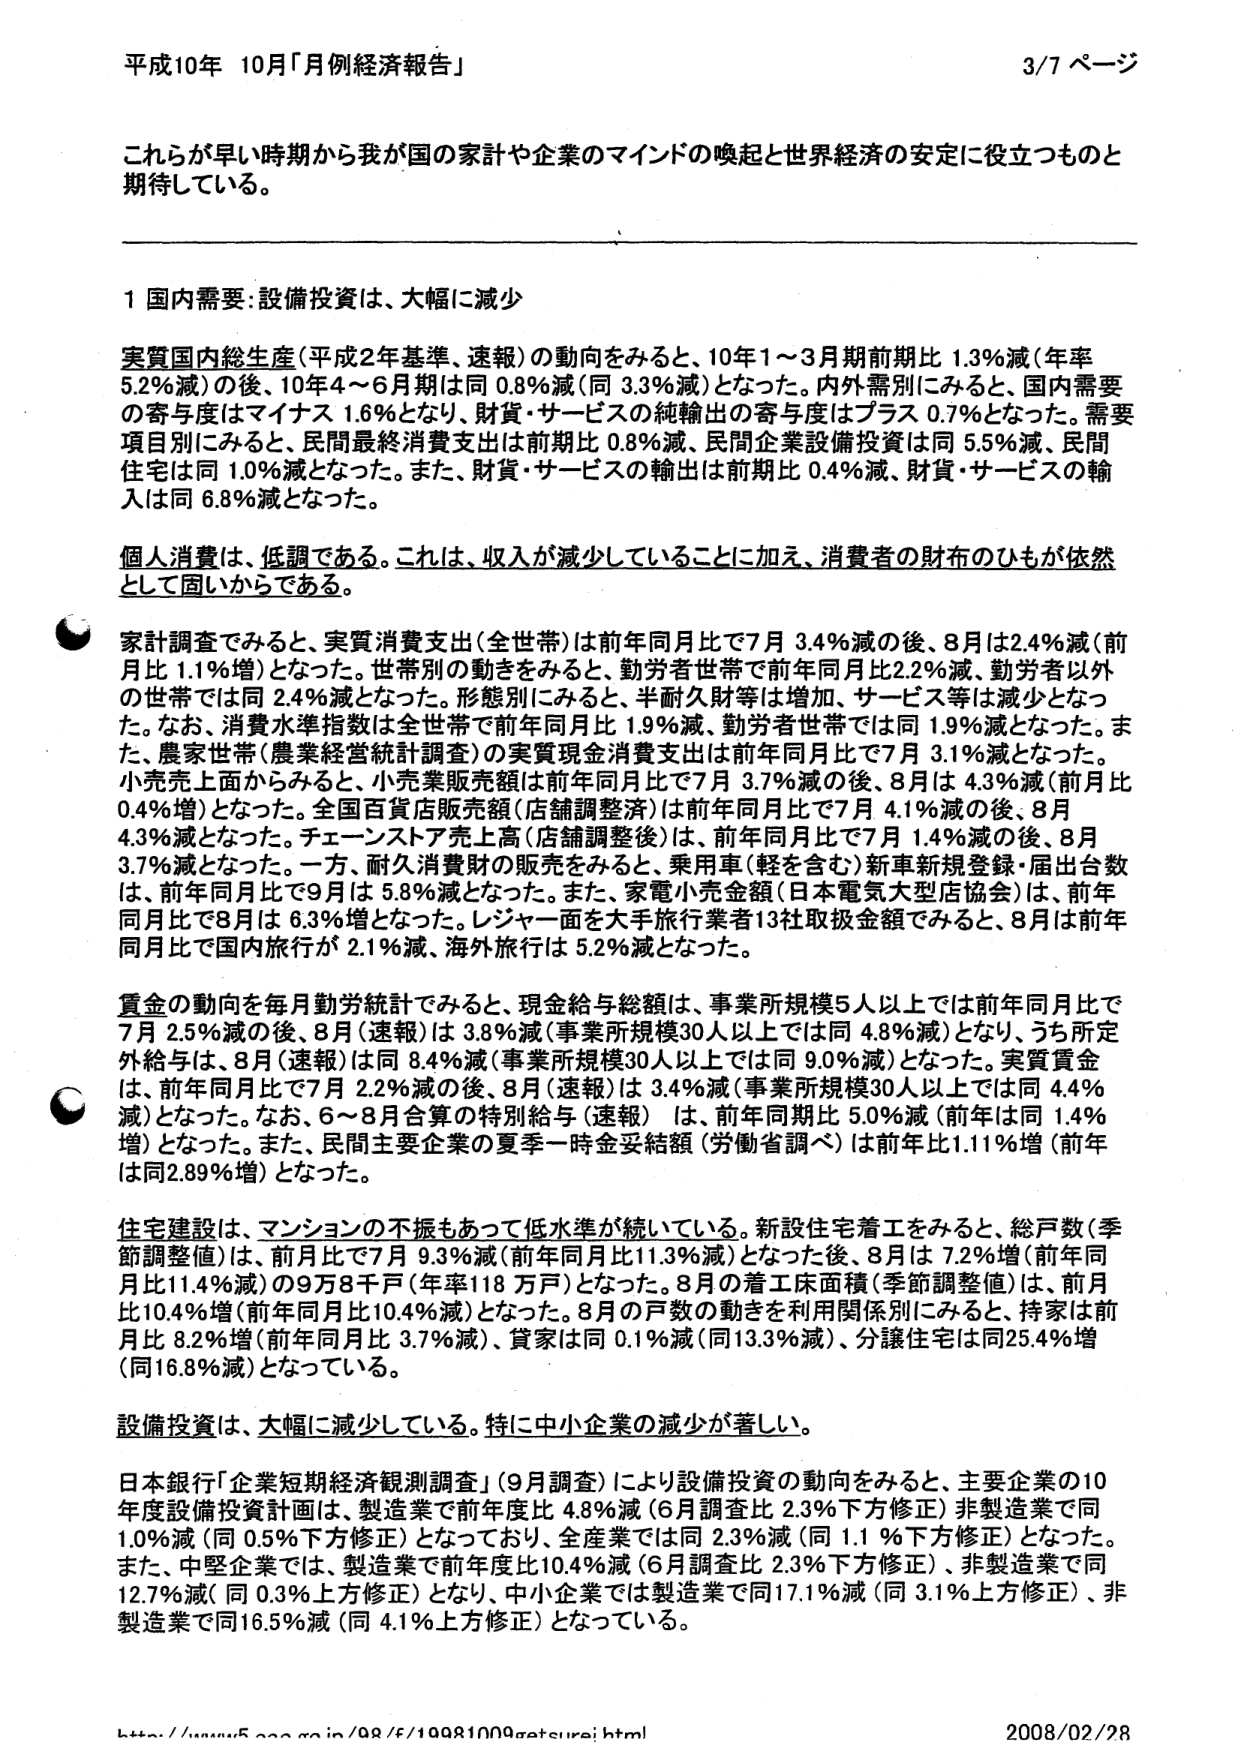
平成10年 10月「月例経済報告」 3/7 ページ

これらが早い時期から我が国の家計や企業のマインドの喚起と世界経済の安定に役立つものと期待している。

1 国内需要:設備投資は、大幅に減少

実質国内総生産（平成2年基準、速報）の動向をみると、10年1～3月期前期比 1.3％減（年率 5.2％減）の後、10年4～6月期は同 0.8％減（同 3.3％減）となった。内外需別にみると、国内需要の寄与度はマイナス 1.6％となり、財貨・サービスの純輸出の寄与度はプラス 0.7％となった。需要項目別にみると、民間最終消費支出は前期比 0.8％減、民間企業設備投資は同 5.5％減、民間住宅は同 1.0％減となった。また、財貨・サービスの輸出は前期比 0.4％減、財貨・サービスの輸入は同 6.8％減となった。

個人消費は、低調である。これは、収入が減少していることに加え、消費者の財布のひもが依然として固いからである。

家計調査でみると、実質消費支出（全世帯）は前年同月比で7月 3.4％減の後、8月は2.4％減（前月比 1.1％減）となった。世帯別の動きをみると、勤労者世帯で前年同月比2.2％減、勤労者以外の世帯では同 2.4％減となった。形態別にみると、半耐久財等は増加、サービス等は減少となった。なお、消費水準指数は全世帯で前年同月比 1.9％減、勤労者世帯では同 1.9％減となった。また、農家世帯（農業経営統計調査）の実質現金消費支出は前年同月比で7月 3.1％減となった。小売売上面からみると、小売業販売額は前年同月比で7月 3.7％減の後、8月は 4.3％減（前月比 0.4％増）となった。全国百貨店販売額（店舗調整済）は前年同月比で7月 4.1％減の後、8月 4.3％減となった。チェーンストア売上高（店舗調整後）は、前年同月比で7月 1.4％減の後、8月 3.7％減となった。一方、耐久消費財の販売をみると、乗用車（軽を含む）新車新規登録・届出台数は、前年同月比で9月は 5.8％減となった。また、家電小売金額（日本電気大型店協会）は、前年同月比で8月は 6.3％増となった。レジャー面を大手旅行業者13社取扱金額でみると、8月は前年同月比で国内旅行が 2.1％減、海外旅行は 5.2％減となった。

賃金の動向を毎月勤労統計でみると、現金給与総額は、事業所規模5人以上では前年同月比で7月 2.5％減の後、8月（速報）は 3.8％減（事業所規模30人以上では同 4.8％減）となり、うち所定外給与は、8月（速報）は同 8.4％減（事業所規模30人以上では同 9.0％減）となった。実質賃金は、前年同月比で7月 2.2％減の後、8月（速報）は 3.4％減（事業所規模30人以上では同 4.4％減）となった。なお、6～8月合算の特別給与（速報）は、前年同期比 5.0％減（前年は同 1.4％増）となった。また、民間主要企業の夏季一時金妥結額（労働省調べ）は前年比1.11％増（前年は同2.89％増）となった。

住宅建設は、マンションの不振もあって低水準が続いている。新設住宅着工をみると、総戸数（季節調整値）は、前月比で7月 9.3％減（前年同月比11.3％減）となった後、8月は 7.2％増（前年同月比11.4％減）の9万8千戸（年率118万戸）となった。8月の着工床面積（季節調整値）は、前月比10.4％増（前年同月比10.4％減）となった。8月の戸数の動きを利用関係別にみると、持家は前月比 8.2％増（前年同月比 3.7％減）、貸家は同 0.1％減（同13.3％減）、分譲住宅は同25.4％増（同16.8％減）となっている。

設備投資は、大幅に減少している。特に中小企業の減少が著しい。

日本銀行「企業短期経済観測調査」（9月調査）により設備投資の動向をみると、主要企業の10年度設備投資計画は、製造業で前年度比 4.8％減（6月調査比 2.3％下方修正）非製造業で同 1.0％減（同 0.5％下方修正）となっており、全産業では同 2.3％減（同 1.1％下方修正）となった。また、中堅企業では、製造業で前年度比10.4％減（6月調査比 2.3％下方修正）、非製造業で同 12.7％減（同 0.3％上方修正）となり、中小企業では製造業で同17.1％減（同 3.1％上方修正）、非製造業で同16.5％減（同 4.1％上方修正）となっている。

http://www5.cao.go.jp/98/6/10981009getsurei.html 2008/02/28